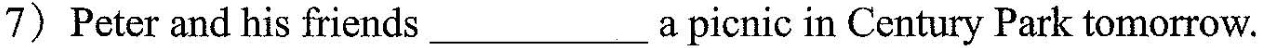
7) Peter and his friends ___ a picnic in Century Park tomorrow.